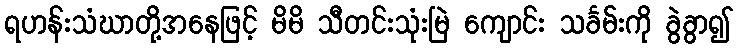
ရဟန်းသံဃာတို့အနေဖြင့် မိမိ သီတင်းသုံးမြဲ ကျောင်း သင်္ခမ်းကို ခွဲခွာ၍